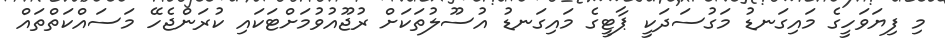
މި ފިޔަވަހީގެ މައިގަނޑު މަގުސަދަކީ ޕާޓީގެ މައިގަނޑު އުސޫލުތަކަށް ރުޖޫއުވުމަށްޓަކައި ކުރަންޖެހޭ މަސައްކަތްތައް